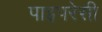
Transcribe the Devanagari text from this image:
पाइपरेसी